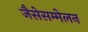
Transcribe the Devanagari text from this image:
जैसेसम्मेलन